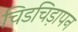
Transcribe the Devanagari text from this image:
चिडचिड़ापन